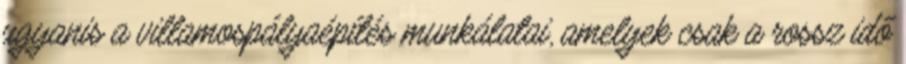
ugyanis a villamospályaépítés munkálatai, amelyek csak a rossz idő